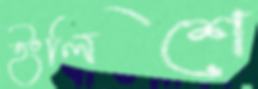
ইংলিশে